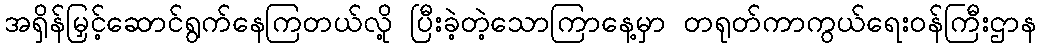
အရှိန်မြှင့်ဆောင်ရွက်နေကြတယ်လို့ ပြီးခဲ့တဲ့သောကြာနေ့မှာ တရုတ်ကာကွယ်ရေးဝန်ကြီးဌာန